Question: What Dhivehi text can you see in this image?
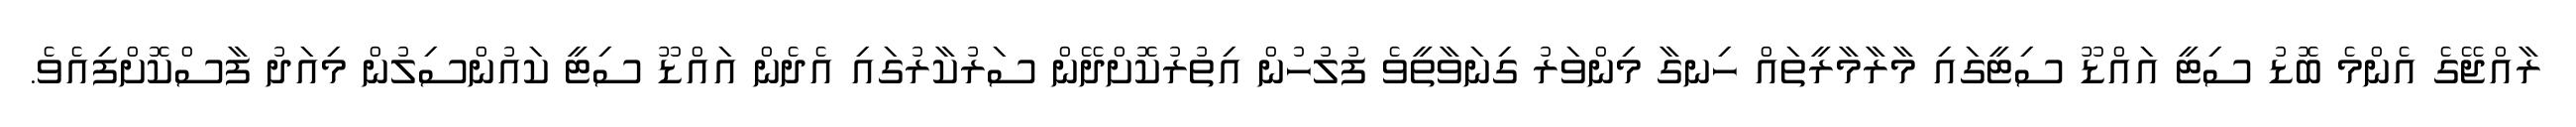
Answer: ރާއްޖޭގެ އެންމެ ބޮޑު ސިޓީ އައްޑޫ ސިޓީގައި މާރާމާރީތައް ހިނގާ މިންވަރު ގިނަވާތީވެ ފުލުހުން އިތުރުކޮށްދޭން ސަރުކާރުގައި އެދެން އައްޑޫ ސިޓީ ކައުންސިލުން މިއަދު ފާސްކޮށްފިއެވެ.